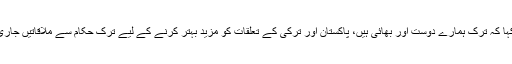
انہوں نے کہا کہ ترک ہمارے دوست اور بھائی ہیں، پاکستان اور ترکی کے تعلقات کو مزید بہتر کرنے کے لیے ترک حکام سے ملاقاتیں جاری رہیں گی۔